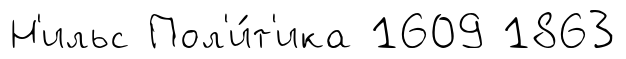
Н'ильс Пол'и́т'ика 1609 1863